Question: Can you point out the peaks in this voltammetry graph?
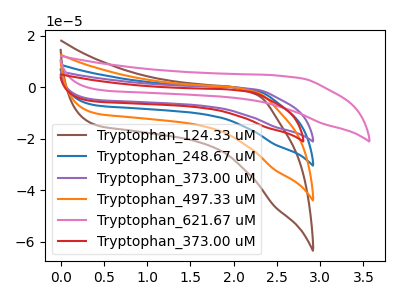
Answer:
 <answer>The brown curve "Tryptophan_124.33 uM" has no peaks. The blue curve "Tryptophan_248.67 uM" has no peaks. The purple curve "Tryptophan_373.00 uM" has no peaks. The orange curve "Tryptophan_497.33 uM" has no peaks. The pink curve "Tryptophan_621.67 uM" has no peaks. The red curve "Tryptophan_373.00 uM" has no peaks.</answer>
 <eval></eval>